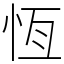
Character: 恆